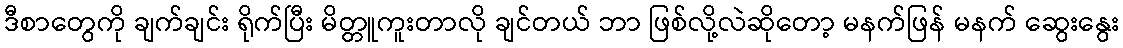
ဒီစာတွေကို ချက်ချင်း ရိုက်ပြီး မိတ္တူကူးတာလို ချင်တယ် ဘာ ဖြစ်လို့လဲဆိုတော့ မနက်ဖြန် မနက် ဆွေးနွေး